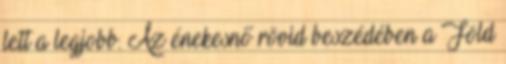
lett a legjobb. Az énekesnő rövid beszédében a Föld